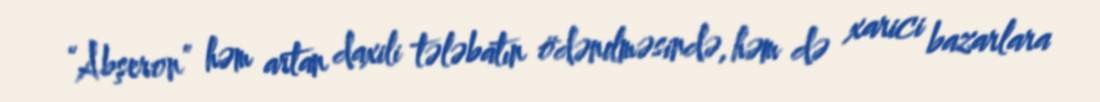
“Abşeron” həm artan daxili tələbatın ödənilməsində, həm də xarici bazarlara